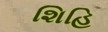
શિહિ